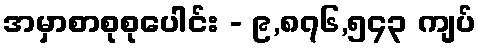
အမှာစာစုစုပေါင်း - ၉,၈၇၆,၅၄၃ ကျပ်